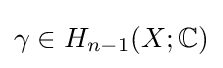
\gamma \in H_{n-1}(X;\mathbb {C} )